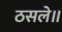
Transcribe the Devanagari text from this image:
ठसले॥